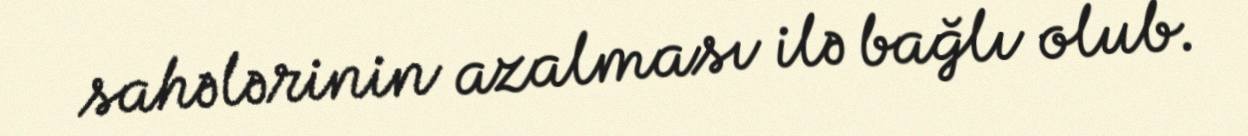
sahələrinin azalması ilə bağlı olub.